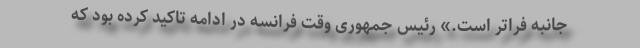
جانبه فراتر است.» رئیس جمهوری وقت فرانسه در ادامه تاکید کرده بود که